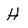
Character: H